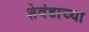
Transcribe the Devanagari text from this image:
शेवंडाच्या